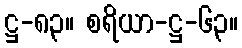
ဋ္ဌ-၈၃။ စရိယာ-ဋ္ဌ-၆၃။